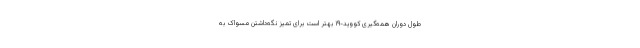
طول دوران همه‌گیری کووید-۱۹ بهتر است برای تمیز نگه‌داشتن مسواک به